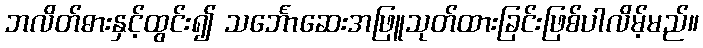
ဘလိတ်ဓားနှင့်ထွင်း၍ သင်္ဘောဆေးအဖြူသုတ်ထားခြင်းဖြစ်ပါလိမ့်မည်။